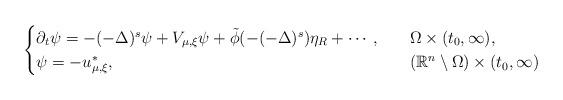
LaTeX: \begin{align*}\begin{cases}\partial_t\psi =-(-\Delta)^{s}\psi + V_{\mu, \xi}\psi+\tilde{\phi}(-(-\Delta)^{s})\eta_{R} + \cdots,&\quad\Omega\times (t_0, \infty),\\\psi = -u^*_{\mu, \xi}, &\quad(\mathbb{R}^n\setminus\Omega)\times (t_0,\infty)\end{cases}\end{align*}